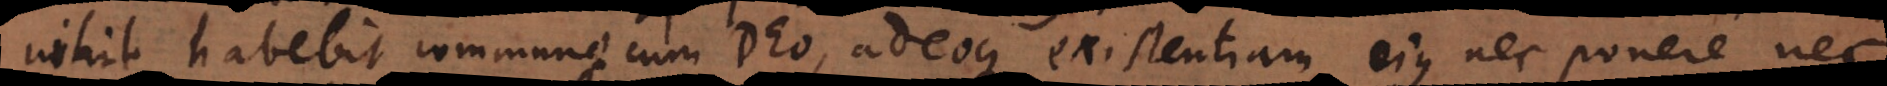
nihil habebit commune cum Deo, adeoque existentiam eius nec ponere nec